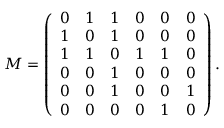
M = \left( \begin{array} { c c c c c c } { 0 } & { 1 } & { 1 } & { 0 } & { 0 } & { 0 } \\ { 1 } & { 0 } & { 1 } & { 0 } & { 0 } & { 0 } \\ { 1 } & { 1 } & { 0 } & { 1 } & { 1 } & { 0 } \\ { 0 } & { 0 } & { 1 } & { 0 } & { 0 } & { 0 } \\ { 0 } & { 0 } & { 1 } & { 0 } & { 0 } & { 1 } \\ { 0 } & { 0 } & { 0 } & { 0 } & { 1 } & { 0 } \end{array} \right) .